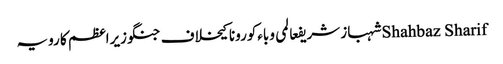
Shahbaz Sharifشہباز شریفعالمی وباءکورونا کیخلاف جنگوزیراعظم کا رویہ